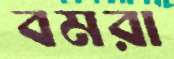
বমরা